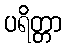
ပရိတ္တာ